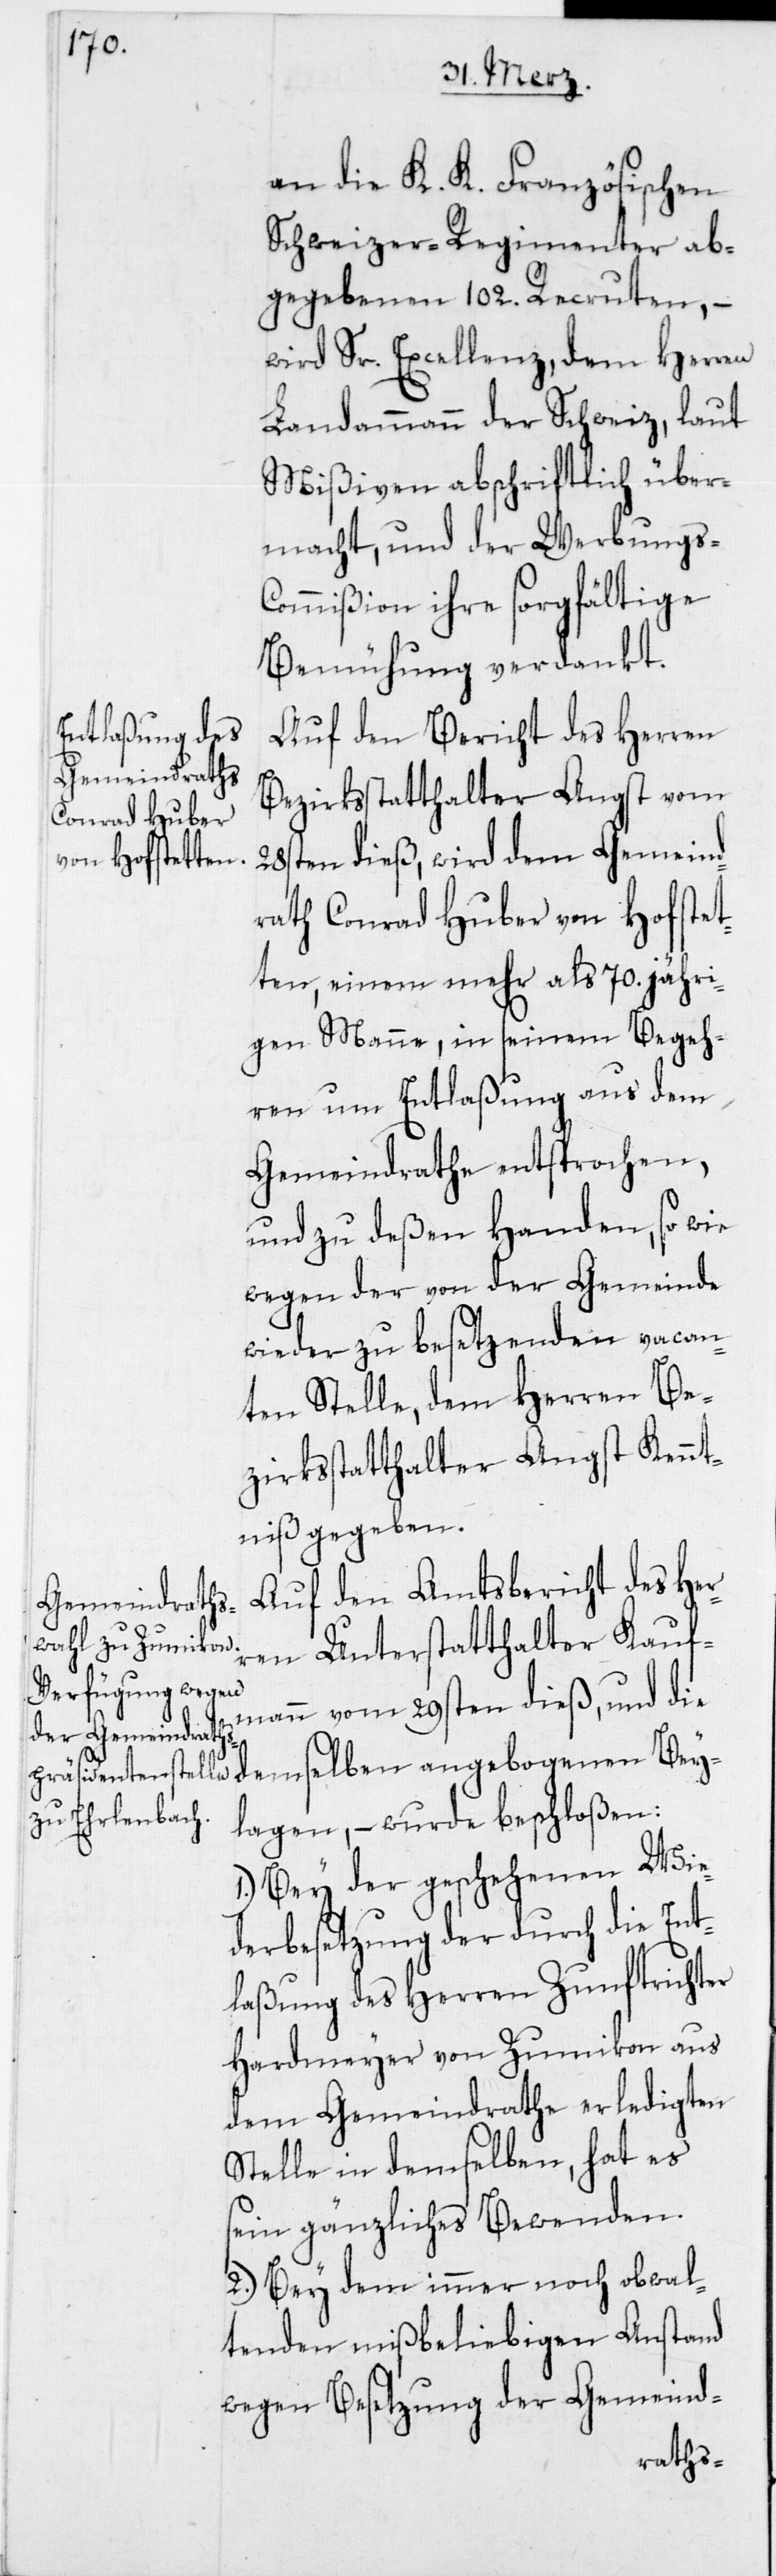
an die K. K. Französischen
Schweizer Regimenter ab¬
gegebenen 102. Recruten, –
wird Sr. Excellenz, dem Herren
Landammann der Schweiz, laut
Mißiven abschriftlich über¬
macht, und der Werbungs-C¬
ommißion ihre sorgfältige
Bemühung verdankt.
Auf den Bericht des Herren
Bezirksstatthalter Angst vom
28sten dieß, wird dem Gemeind¬
rath Conrad Huber von Hofstet¬
ten, einem mehr als 70. jähri¬
gen Manne, in seinem Begeh¬
ren um Entlaßung aus dem
Gemeindrathe entsprochen,
und zu deßen Handen, so wie
wegen der von der Gemeinde
wieder zu besetzenden vacan¬
ten Stelle, dem Herren Be¬
zirksstatthalter Angst Kennt¬
niß gegeben.
Auf den Amtsbericht des Her¬
ren Unterstatthalter Kauf¬
mann vom 29sten dieß, und die
demselben angebogenen Bey¬
lagen, – wurde beschloßen:
1.) Bey der geschehenen Wie¬
derbesetzung der durch die Ent¬
laßung des Herren Zunftrichter
Hardmeyer von Zumikon aus
dem Gemeindrathe erledigten
sein gänzliches Bewenden.
2.) Bey dem immer noch obwal¬
tenden mißbeliebigen Anstand
wegen Besetzung der Gemeind-